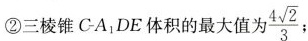
②三棱锥CA_{1}DE体积的最大值为 $$\frac{4 \sqrt{2}}{3}$$